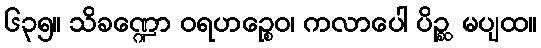
၆၃၅။ သိခဏ္ဍော ဝရဟဉ္စေဝ၊ ကလာပေါ ပိဉ္ဆ မပျထ။